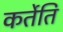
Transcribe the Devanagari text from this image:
कर्तेति